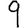
Digit: 9